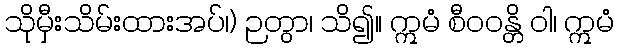
သိုမှီးသိမ်းထားအပ်၊) ဉတွာ၊ သိ၍။ ဣမံ စီဝဝန္တိ ဝါ၊ ဣမံ